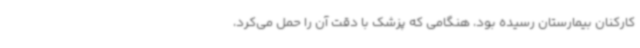
کارکنان بیمارستان رسیده بود، هنگامی که پزشک با دقت آن را حمل می‌کرد،